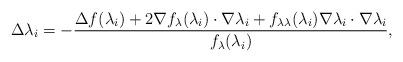
LaTeX: \begin{align*}\Delta \lambda_i=-\frac{\Delta f(\lambda_i)+2\nabla f_{\lambda}(\lambda_i)\cdot \nabla \lambda_i+f_{\lambda\lambda}(\lambda_i)\nabla \lambda_i \cdot \nabla \lambda_i}{f_\lambda(\lambda_i)},\end{align*}